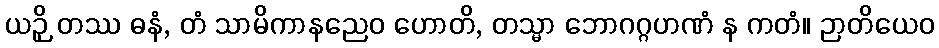
ယဉှိ တဿ ဓနံ, တံ သာမိကာနညေဝ ဟောတိ, တသ္မာ ဘောဂဂ္ဂဟဏံ န ကတံ။ ဉာတိယေဝ